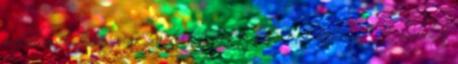
próbálom előhalászni a Dantől kapott kölcsön kulcsomat. Igazából ez